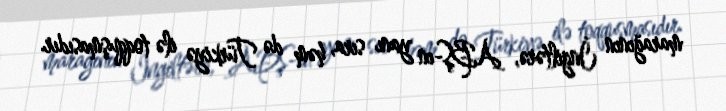
marağının İngiltərə, ABŞ-ın yanı sıra, həm də Türkiyə ilə toqquşmasıdır.